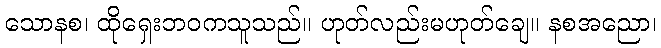
သောနစ၊ ထိုရှေးဘဝကသူသည်။ ဟုတ်လည်းမဟုတ်ချေ။ နစအညော၊